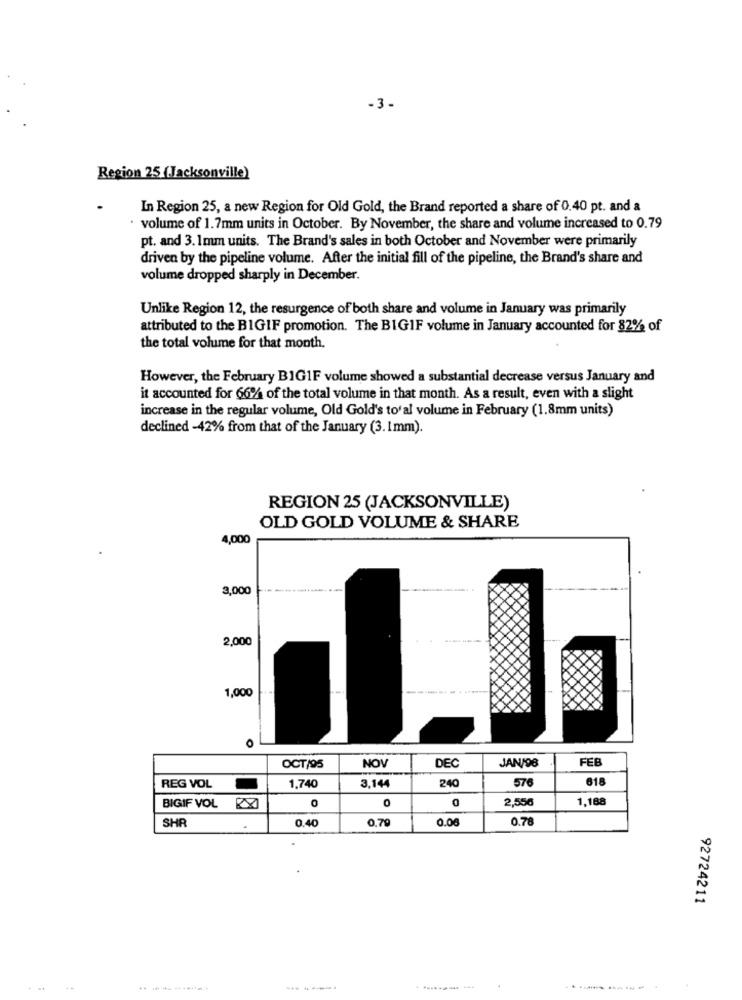
-3-
Region 25 (Jacksonville)
In Region 25, a new Region for Old Gold, the Brand reported a share of 0,40 pt. and a
· volume of 1.7mm units in October. By November, the share and volume increased to 0.79
pt. and 3. 1mm units. The Brand's sales in both October and November were primarily
driven by the pipeline volume. After the initial fill of the pipeline, the Brand's share and
volume dropped sharply in December.
Unlike Region 12, the resurgence of both share and volume in January was primarily
attributed to the BIGIF promotion. The BIG1F volume in January accounted for 82% of
the total volume for that month.
However, the February BIG1F volume showed a substantial decrease versus January and
it accounted for 66% of the total volume in that month. As a result, even with a slight
increase in the regular volume, Old Gold's to'al volume in February (1.8mm units)
declined -42% from that of the January (3.1mm).
REGION 25 (JACKSONVILLE)
OLD GOLD VOLUME & SHARE
4,000
3,000
2,000
1,000
------
O
DEC
JAN/98
FEB
OCT/95
NOV
REG VOL
240
576
618
1,740
3,144
0
0
2,556
1,188
BIGIF VOL
SHR
0.40
0.79
0.00
0.78
92724211
-------